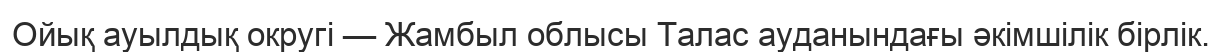
Ойық ауылдық округі — Жамбыл облысы Талас ауданындағы әкімшілік бірлік.